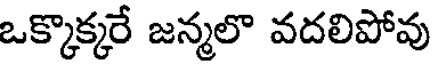
ఒక్కొక్కరే జన్మలొ వదలిపోవు